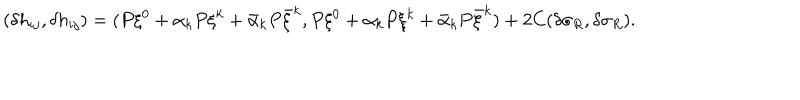
( \delta h _ { i j } , \delta h _ { i j } ) = ( P \xi ^ { 0 } + \alpha _ { k } P \xi ^ { k } + \bar { \alpha } _ { k } P \bar { \xi } ^ { k } , P \xi ^ { 0 } + \alpha _ { k } P \xi ^ { k } + \bar { \alpha } _ { k } P \bar { \xi } ^ { k } ) + 2 C ( \delta \sigma _ { R } , \delta \sigma _ { R } ) .